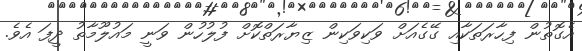
އެގޮތުން ފިހާރަތަކާއި ގޭގެއަށް ވަކިވަކިން ޒިޔާރަތްކޮށް ފުލުހުން ވަނީ މައުލޫމާތު ދީފަ އެވެ.